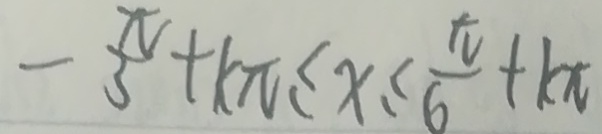
- \frac { x } { 3 } + k \pi \leq x \leq \frac { \pi } { 6 } + k x